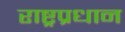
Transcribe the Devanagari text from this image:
राष्ट्रप्रधान